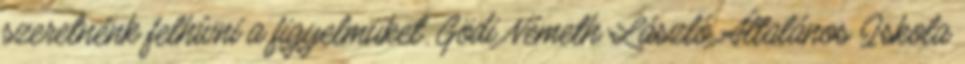
szeretnénk felhívni a figyelmüket. Gödi Németh László Általános Iskola